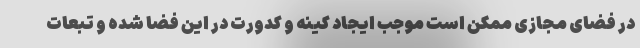
در فضای مجازی ممکن است موجب ایجاد کینه و کدورت در این فضا شده و تبعات